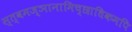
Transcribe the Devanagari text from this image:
स्त्वमज्ञानामिच्छाधिकमपि